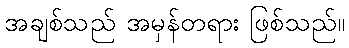
အချစ်သည် အမှန်တရား ဖြစ်သည်။